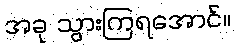
အခု သွားကြရအောင်။